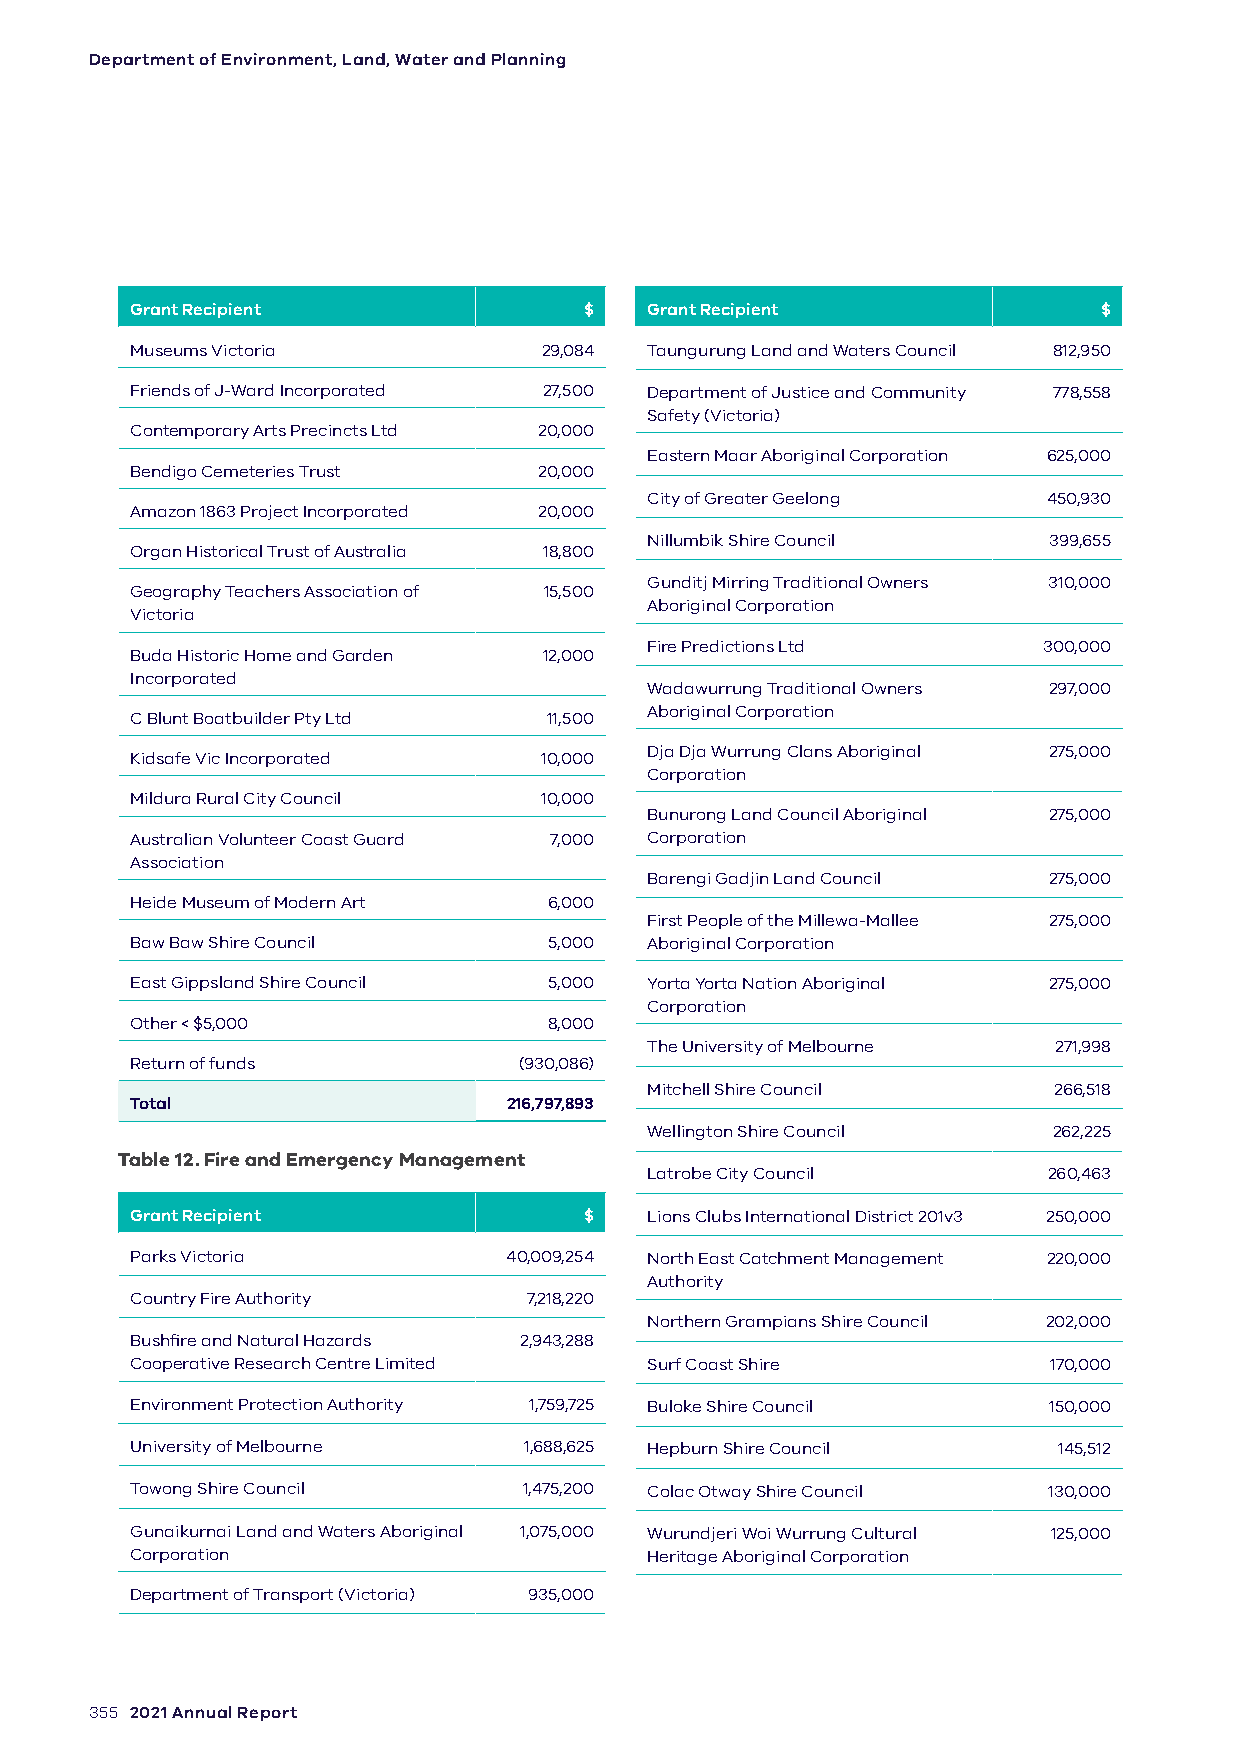
Department of Environment, Land, Water and Planning
 Grant Recipient               $   Grant Recipient               $
 Museums Victoria           29,084 Taungurung Land and Waters Council 812,950
 Friends of J-Ward Incorporated 27,500 Department of Justice and Community 778,558
 Safety (Victoria)
 Contemporary Arts Precincts Ltd 20,000
 Eastern Maar Aboriginal Corporation 625,000
 Bendigo Cemeteries Trust   20,000
 City of Greater Geelong   450,930
 Amazon 1863 Project Incorporated 20,000
 Nillumbik Shire Council   399,655
 Organ Historical Trust of Australia 18,800
 Gunditj Mirring Traditional Owners 310,000
 Geography Teachers Association of 15,500
 Aboriginal Corporation
 Victoria
 Fire Predictions Ltd      300,000
 Buda Historic Home and Garden 12,000
 Incorporated
 Wadawurrung Traditional Owners 297,000
 Aboriginal Corporation
 C Blunt Boatbuilder Pty Ltd 11,500
 Dja Dja Wurrung Clans Aboriginal 275,000
 Kidsafe Vic Incorporated   10,000
 Corporation
 Mildura Rural City Council 10,000
 Bunurong Land Council Aboriginal 275,000
 Australian Volunteer Coast Guard 7,000 Corporation
 Association
 Barengi Gadjin Land Council 275,000
 Heide Museum of Modern Art 6,000
 First People of the Millewa-Mallee 275,000
 Baw Baw Shire Council      5,000  Aboriginal Corporation
 East Gippsland Shire Council 5,000 Yorta Yorta Nation Aboriginal 275,000
 Corporation
 Other < $5,000             8,000
 The University of Melbourne 271,998
 Return of funds          (930,086)
 Mitchell Shire Council     266,518
 Total                    216,797,893
 Wellington Shire Council   262,225
 Table 12. Fire and Emergency Management
 Latrobe City Council      260,463
 Grant Recipient               $   Lions Clubs International District 201v3 250,000
 Parks Victoria           40,009,254 North East Catchment Management 220,000
 Authority
 Country Fire Authority    7,218,220
 Northern Grampians Shire Council 202,000
 Bushfire and Natural Hazards 2,943,288
 Cooperative Research Centre Limited Surf Coast Shire        170,000
 Environment Protection Authority 1,759,725 Buloke Shire Council 150,000
 University of Melbourne   1,688,625 Hepburn Shire Council    145,512
 Towong Shire Council      1,475,200 Colac Otway Shire Council 130,000
 Gunaikurnai Land and Waters Aboriginal 1,075,000 Wurundjeri Woi Wurrung Cultural 125,000
 Corporation                       Heritage Aboriginal Corporation
 Department of Transport (Victoria) 935,000
 355 2021 Annual Report